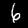
Digit: 6